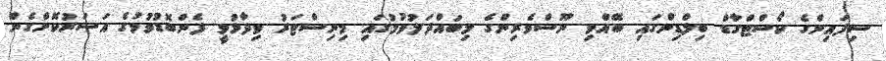
ސިފައިންގެ ކޯސްޓްގާޑް ބިލްޑިންގައި ބޭއްވި ނޫސްވެރިންގެ މިބައްދަލުވުމުގައި މިނިސްޓަރު ވިދާޅުވީ ފެންބޮޑުވުމުގެ އަސަރުކޮށްގެން